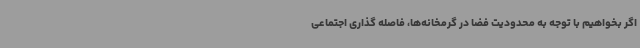
اگر بخواهیم با توجه به محدودیت فضا در گرمخانه‌ها، فاصله گذاری اجتماعی